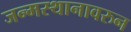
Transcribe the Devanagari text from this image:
जन्मस्थानावरुन